Rangoon Lunatic Asylum 1878-1892 - 1878-1892
Year: 1878
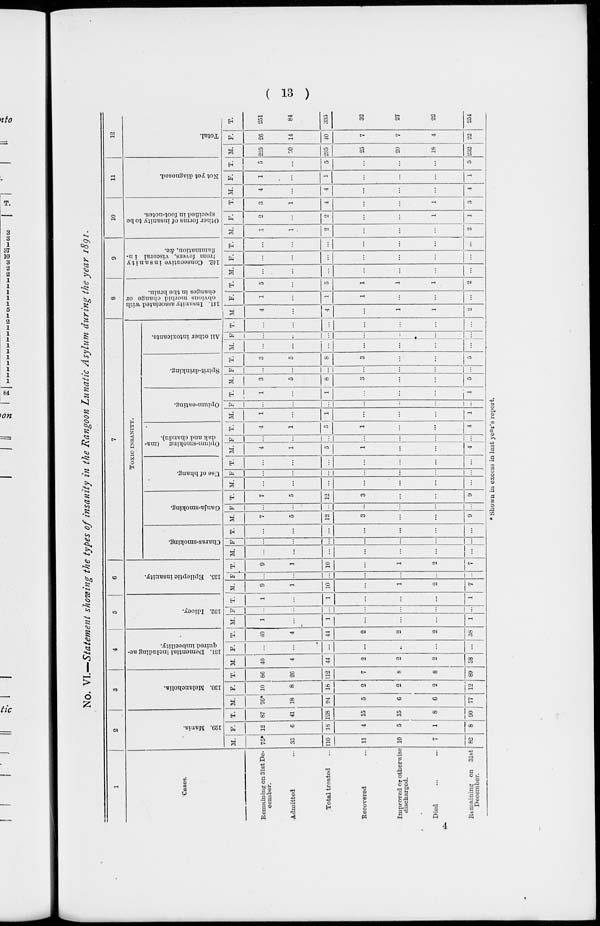
( 13 )
No. VI.—Statement showing the types of insanity in the Rangoon Lunatic Asylum during the year 1891.
1
Cases.
Remaining on 31st De-
cember.
Admitted ...
Total treated ...
Recovered ...
Improved or otherwise
discharged.
Died ... ...
Remaining on 31st
December.
2
129. Mania.
M.
75*
35
110
11
10
7
82
F.
12
6
18
4
5
1
8
T.
87
41
128
15
15
8
90
3
130. Melancholia.
M.
76*
18
94
5
6
6
77
F.
10
8
18
2
2
2
12
T.
86
26
112
7
8
8
89
4
131. Demential including ac-
quired imbecility.
M.
40
4
44
2
2
2
38
F.
...
...
...
...
...
...
...
T.
40
4
44
2
2
2
38
5
132. Idiocy.
M.
1
...
1
...
...
...
1
F.
...
...
...
...
...
...
...
T.
1
...
1
...
...
...
1
6
135. Epileptic insanity.
M.
9
1
10
...
1
2
7
F.
...
...
...
...
...
...
...
T.
9
1
10
...
1
2
7
7
TOXIC INSANITY.
Charas-smoking.
M.
...
...
...
...
...
...
...
F.
...
...
...
...
...
...
...
T.
...
...
...
...
...
...
...
Ganja-smoking.
M.
7
5
12
3
...
...
9
F.
...
...
...
...
...
...
...
T.
7
5
12
3
...
...
9
Use of bhang.
M.
...
...
...
...
...
...
...
F.
...
...
...
...
...
...
...
T.
...
...
...
...
...
...
...
Opium-smoking
(ma-
dak and chandu).
M.
4
1
5
1
...
...
4
F.
...
...
...
...
...
...
...
T.
4
1
5
1
...
...
4
Opium-eating.
M.
1
...
1
...
...
...
1
F.
...
...
...
...
...
...
...
T.
1
...
1
...
...
...
1
Spirit-drinking.
M.
3
5
8
3
...
...
5
F.
...
...
...
...
...
...
...
T.
3
5
8
3
...
...
5
All other intoxicants.
M.
...
...
...
...
...
...
...
F.
...
...
...
...
...
...
...
T.
...
...
...
...
...
...
...
8
141. Insanity associated with
obvious morbid change or
changes in the brain.
M.
4
...
4
...
1
1
2
F.
1
...
1
1
...
...
...
T.
5
...
5
1
1
1
2
9
142. Consecutive insanity
from fevers, visceral in-
flammation, &c.
M.
...
...
...
...
...
...
...
F.
...
...
...
...
...
...
...
T.
...
...
...
...
...
...
...
10
Other forms of insanity to be
specified in foot-notes.
M.
1
1
2
...
...
...
2
F.
2
...
2
...
...
1
1
T.
3
1
4
...
...
1
3
11
Not yet diagnosed.
M.
4
...
4
...
...
...
4
F.
1
...
1
...
...
...
1
T.
5
...
5
...
...
...
5
12
Total.
M.
225
70
295
25
20
18
232
F.
26
14
40
7
7
4
22
T.
251
84
335
32
27
22
254
* Shown in excess in last year's report.
4